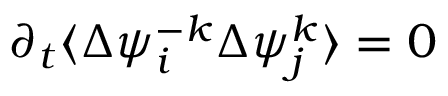
\partial _ { t } \langle \Delta { { \psi } _ { i } ^ { - k } } \Delta { \psi } _ { j } ^ { k } \rangle = 0